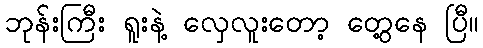
ဘုန်းကြီး ရူးနဲ့ လှေလူးတော့ တွေ့နေ ပြီ။